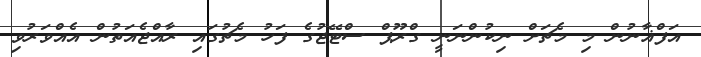
އަފްޣާނުން މި މެޗަށް ނިކުންނަނީ ގްރޫޕް ސްޓޭޖުގެ ފަހު މެޗުގައި ރާއްޖެއަތުން އެއްވަރުވި